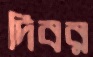
দিবর